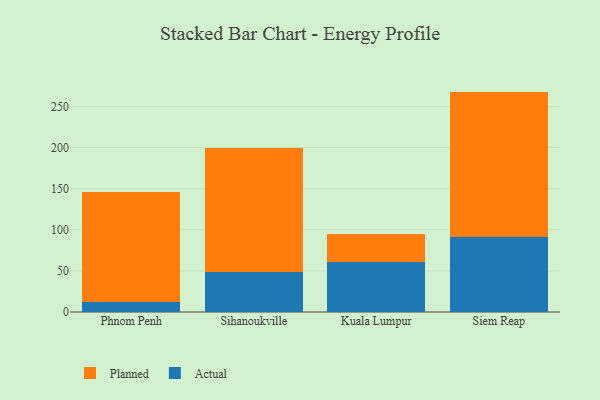
{"axis": {"x": "City", "y": "Waste Production (Tons)"}, "legend": ["Actual", "Planned"], "data": [{"x": "Phnom Penh", "y": 11.7, "type": "Actual"}, {"x": "Phnom Penh", "y": 133.9, "type": "Planned"}, {"x": "Sihanoukville", "y": 49.1, "type": "Actual"}, {"x": "Sihanoukville", "y": 150.9, "type": "Planned"}, {"x": "Kuala Lumpur", "y": 61.4, "type": "Actual"}, {"x": "Kuala Lumpur", "y": 32.9, "type": "Planned"}, {"x": "Siem Reap", "y": 91.6, "type": "Actual"}, {"x": "Siem Reap", "y": 176.5, "type": "Planned"}]}